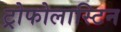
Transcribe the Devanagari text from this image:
ट्रोफोलास्टिन